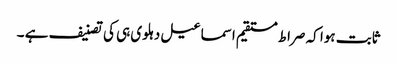
ثابت ہوا کہ صراط مستقیم اسماعیل دہلوی ہی کی تصنیف ہے ۔